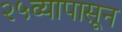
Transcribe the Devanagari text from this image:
२५व्यापासून